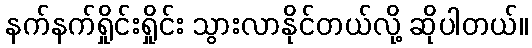
နက်နက်ရှိုင်းရှိုင်း သွားလာနိုင်တယ်လို့ ဆိုပါတယ်။